Annual administration report of the Bombay Presidency - 1887-1892
Year: 1887
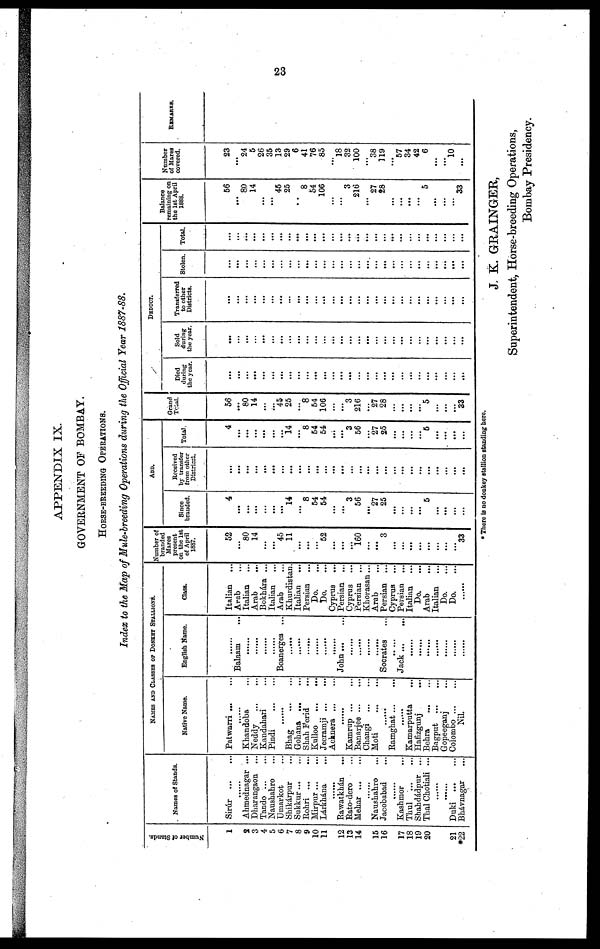
23
APPENDIX IX.
GOVERNMENT OF BOMBAY.
HORSE-BREEDING OPERATIONS.
Index to the Map of Mule-breeding Operations during the Official Year 1887-88.
Number of Stands.
1
2
3
4
5
6
7
8
9
10
11
12
13
14
15
16
17
18
19
20
21
*22
Names of Stands.
Sirúr ... ...
......
Ahmednagar ...
Dharangaon ...
Tando
...
...
Naushahro ...
Umarkot ...
Shikárpur ...
Sukkur ... ...
Rohri
...
...
Mirpur
...
...
Lárkhána ...
......
Rawatkhán ...
Rato-dero ...
Mehar
...
...
......
Naushahro ...
Jacobabad ...
......
Kashmor ...
Thul
...
...
Shahdádpur ...
Thal Chotiali ...
......
......
Duki
...
...
Bhávnagar ...
NAMES AND CLASSES OF DONKEY STALLIONS.
Native Name.
Patwarri
...
...
......
Khandoba ...
Neddy
...
...
Kandahari ...
Pindi
...
...
......
Bhag
...
...
Gohana
...
...
Shah Ferid ...
Kulloo
...
...
Jeeramji ... ...
Acknera
...
...
......
Kamrup
...
...
Banarjee ... ...
Changi
...
...
Moti
...
...
......
Ramghat
...
...
......
Kamarputta ...
Hafizgunj
...
Behra
...
...
Bagput ... ...
Gopeeganj ...
Colombo
......
Nil.
English Name.
......
Balaam ...
......
......
......
......
Boanerges ...
......
......
......
......
......
......
John
...
...
......
......
......
......
Socrates ...
.. ...
Jack ...
...
......
......
......
......
......
......
......
Class.
Italian ...
Arab ...
Italian ...
Arab
...
Bokhára ...
Italian ...
Arab ...
Khurdistan.
Italian ...
Persian ...
Do. ...
Do. ...
Cyprus ...
Persian ...
Cyprus ...
Persian ...
Khorasan...
Arab ...
Persian ...
Cyprus ...
Persian ...
Italian ...
Do. ...
Arab ...
Italian ...
Do. ...
Do. ...
......
Number of
branded
Mares
present
on the 1st
of April
1887.
52
...
80
14
...
...
45
11
...
...
...
52
...
...
...
160
...
...
3
...
...
...
...
...
...
...
...
33
ADD.
Since
branded.
4
...
...
...
...
...
14
8
54
54
...
...
3
56
...
27
25
...
...
...
...
5
...
...
...
...
Received
by transfer
from other
Distriest.
...
...
...
...
...
...
...
...
...
...
...
...
...
...
...
...
...
...
...
...
...
...
...
...
...
...
...
...
Total.
4
...
...
...
...
...
14
...
8
54
54
...
...
3
56
...
27
25
...
...
...
...
5
...
...
...
...
Grand
Total.
56
...
80
14
...
...
45
25
...
8
54
106
...
...
3
216
...
27
28
...
...
...
...
5
...
...
...
33
DEDUCT.
Died
during
the year.
...
...
...
...
...
...
...
...
...
...
...
...
...
...
...
...
...
...
...
...
...
...
...
...
...
...
...
...
Sold
during
the year.
...
...
...
...
...
...
...
...
...
...
...
...
...
...
...
...
...
...
...
...
...
...
...
...
...
...
...
Transferred
to other
Districts.
...
...
...
...
...
...
...
...
...
...
...
...
...
...
...
...
...
...
...
...
...
...
...
...
...
...
...
...
Stolen.
...
...
...
...
...
...
...
...
...
...
...
...
...
...
...
...
...
...
...
...
...
...
...
...
...
...
...
...
Total.
...
...
...
...
...
...
...
...
...
...
...
...
...
...
...
...
...
...
...
...
...
...
...
...
...
...
...
...
Balance
remaining on
the 1st April
1888.
56
...
80
14
...
...
45
25
..
8
54
106
...
...
3
216
...
27
28
...
...
...
...
5
...
...
...
33
Number
of Mares
covered.
23
...
24
5
26
35
13
29
6
41
76
85
...
18
32
100
...
38
119
...
57
34
42
6
...
...
10
...
REMARKS
* There is no donkey stallion standing here.
J. K. GRAINGER,
Superintendent, Horse-breeding Operations,
Bombay Presidency.